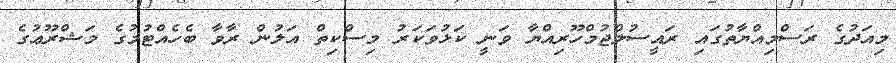
މިއަދުގެ ރަސްމިއްޔާތުގައި ރައީސުލްޖުމްހޫރިއްޔާ ވަނީ ކަޅުވަކަރު މިސްކިތް އަލުން ރާވާ ބެހެއްޓުމުގެ މަޝްރޫޢުގެ